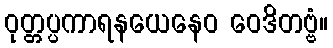
ဝုတ္တပ္ပကာရနယေနေဝ ဝေဒိတဗ္ဗံ။